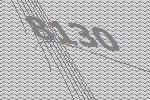
8130